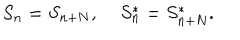
S _ { n } = S _ { n + N } , \; S _ { n } ^ { * } = S _ { n + N } ^ { * } .